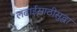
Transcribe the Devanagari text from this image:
लढाईसाठीसुद्धा